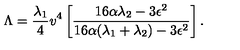
\Lambda = { \frac { \lambda _ { 1 } } { 4 } } v ^ { 4 } \left[ { \frac { 1 6 \alpha \lambda _ { 2 } - 3 \epsilon ^ { 2 } } { 1 6 \alpha ( \lambda _ { 1 } + \lambda _ { 2 } ) - 3 \epsilon ^ { 2 } } } \right] .